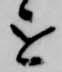
を